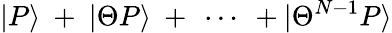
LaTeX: |P\rangle\ +\ |\Theta P\rangle\ +\ \cdots\ +|\Theta^{N-1}P\rangle